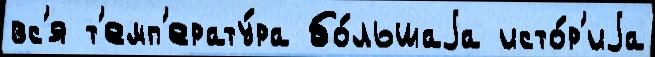
вс'я т'емп'ерату́ра бо́льшаjа исто́р'иjа